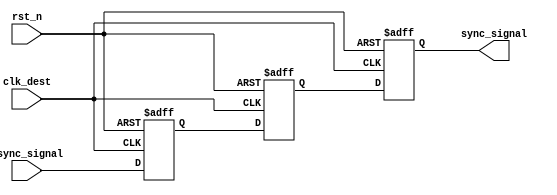
module signal_level_crossing_synchronizer (
    input wire async_signal,    // Asynchronous input signal
    input wire clk_dest,        // Clock for the destination clock domain
    input wire rst_n,           // Asynchronous active-low reset signal
    output reg sync_signal       // Synchronized output signal
);

// Internal registers for the two-stage flip-flop
reg ff1, ff2;

// Two-stage flip-flop for synchronizing the async_signal
always @(posedge clk_dest or negedge rst_n) begin
    if (!rst_n) begin
        ff1 <= 1'b0;  // Reset FF1
        ff2 <= 1'b0;  // Reset FF2
        sync_signal <= 1'b0; // Reset sync_signal
    end else begin
        ff1 <= async_signal;  // Sample async_signal
        ff2 <= ff1;           // Sample output of FF1
        sync_signal <= ff2;   // Output the synchronized signal
    end
end

endmodule